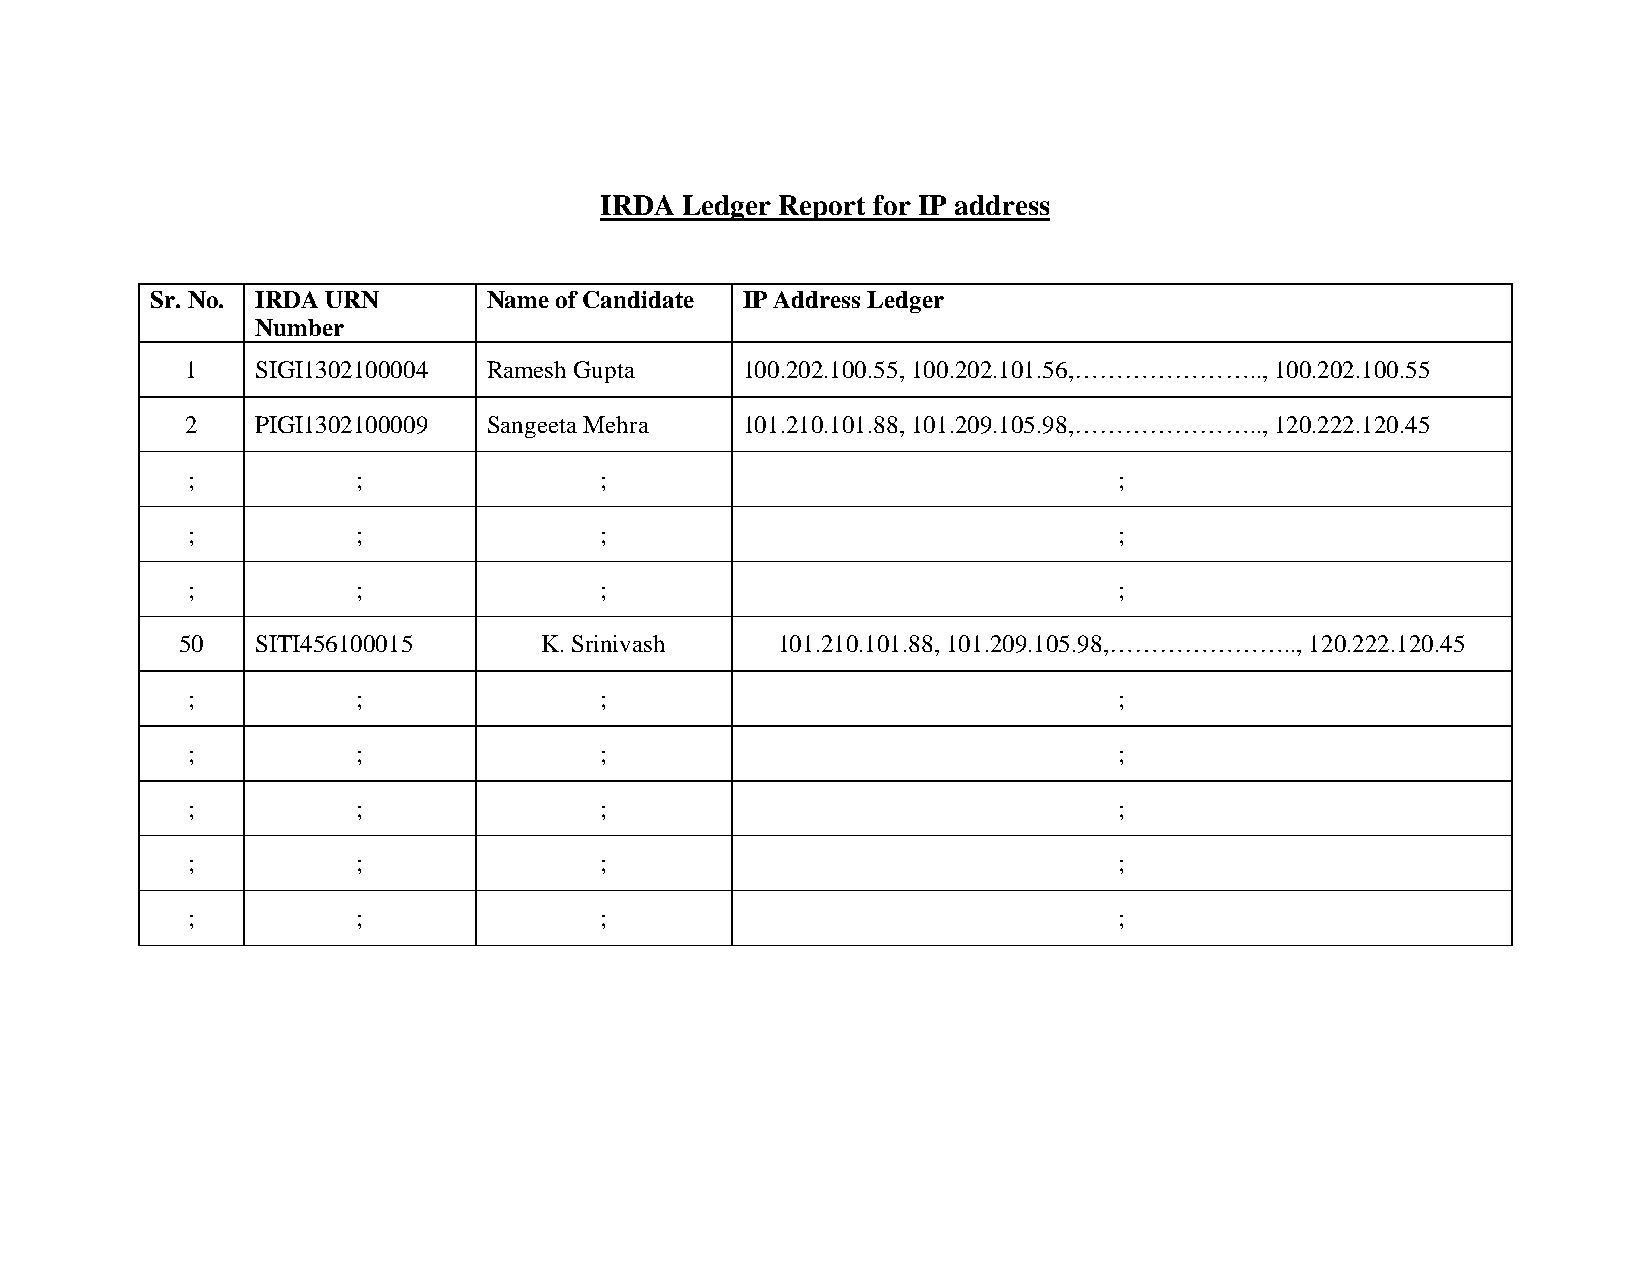
IRDA Ledger Report for IP address
 Sr. No. IRDA URN      Name of Candidate IP Address Ledger
 Number
 1    SIGI1302100004 Ramesh Gupta     100.202.100.55, 100.202.101.56,………………….., 100.202.100.55
 2    PIGI1302100009 Sangeeta Mehra   101.210.101.88, 101.209.105.98,………………….., 120.222.120.45
 ;           ;               ;                                 ;
 ;           ;               ;                                 ;
 ;           ;               ;                                 ;
 50   SITI456100015      K. Srinivash   101.210.101.88, 101.209.105.98,………………….., 120.222.120.45
 ;           ;               ;                                 ;
 ;           ;               ;                                 ;
 ;           ;               ;                                 ;
 ;           ;               ;                                 ;
 ;           ;               ;                                 ;